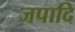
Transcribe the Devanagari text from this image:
जपादि